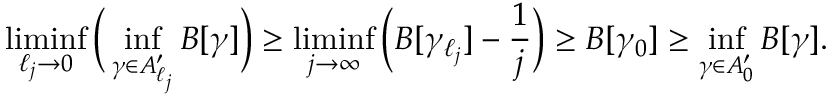
\operatorname* { l i m i n f } _ { \ell _ { j } \to 0 } \Big ( \operatorname* { i n f } _ { \gamma \in A _ { \ell _ { j } } ^ { \prime } } B [ \gamma ] \Big ) \geq \operatorname* { l i m i n f } _ { j \to \infty } \Big ( B [ \gamma _ { \ell _ { j } } ] - \frac { 1 } { j } \Big ) \geq B [ \gamma _ { 0 } ] \geq \operatorname* { i n f } _ { \gamma \in A _ { 0 } ^ { \prime } } B [ \gamma ] .